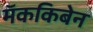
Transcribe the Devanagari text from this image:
मॅककिबेन